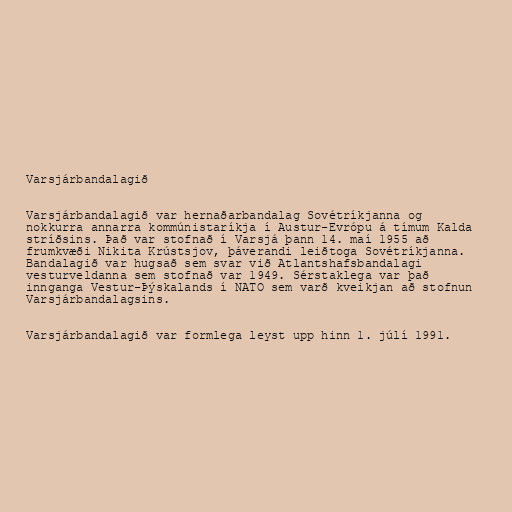
Varsjárbandalagið

Varsjárbandalagið var hernaðarbandalag Sovétríkjanna og
nokkurra annarra kommúnistaríkja í Austur-Evrópu á tímum Kalda
stríðsins. Það var stofnað í Varsjá þann 14. maí 1955 að
frumkvæði Nikita Krústsjov, þáverandi leiðtoga Sovétríkjanna.
Bandalagið var hugsað sem svar við Atlantshafsbandalagi
vesturveldanna sem stofnað var 1949. Sérstaklega var það
innganga Vestur-Þýskalands í NATO sem varð kveikjan að stofnun
Varsjárbandalagsins.

Varsjárbandalagið var formlega leyst upp hinn 1. júlí 1991.